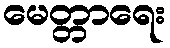
မေတ္တာရေး